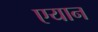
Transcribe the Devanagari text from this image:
एयान